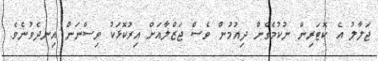
ޖަލާލު އެ ކޮޓަރިން ނުކުމެގެން ދިއުމުން ވެސް ޖަޒްލާއަށް އިރުކޮޅަކު ވިސްނަން އިނދެވުނެވެ.